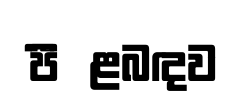
පිීළබඳව